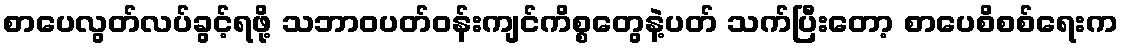
စာပေလွတ်လပ်ခွင့်ရဖို့ သဘာဝပတ်ဝန်းကျင်ကိစ္စတွေနဲ့ပတ် သက်ပြီးတော့ စာပေစိစစ်ရေးက